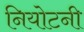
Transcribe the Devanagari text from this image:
नियोटनी